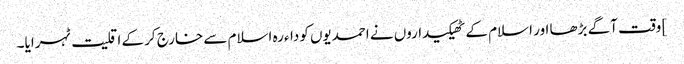
] وقت آگے بڑھا اور اسلام کے ٹھیکیداروں نے احمدیوں کوداءرہ اسلام سے خارج کر کے اقلیت ٹہرایا۔